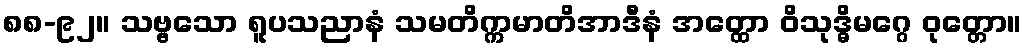
၈၈-၉၂။ သဗ္ဗသော ရူပသညာနံ သမတိက္ကမာတိအာဒီနံ အတ္ထော ဝိသုဒ္ဓိမဂ္ဂေ ဝုတ္တော။